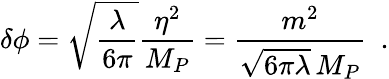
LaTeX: \delta\phi=\sqrt{\frac{\lambda}{6\pi}}{\frac{\eta^{2}}{M_{P}}}={\frac{m^{2}}{\sqrt{6\pi\lambda}\, M_{P}}}\ ~.